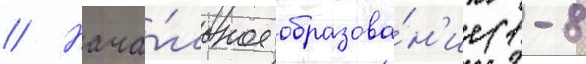
// Нача́льное образова́н'ие (1-8